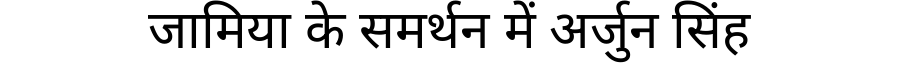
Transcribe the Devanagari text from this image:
जामिया के समर्थन में अर्जुन सिंह